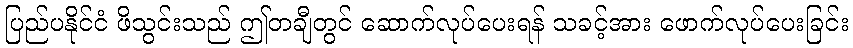
ပြည်ပနိုင်ငံ ဖိသွင်းသည် ဤတချီတွင် ဆောက်လုပ်ပေးရန် သခင့်အား ဖောက်လုပ်ပေးခြင်း